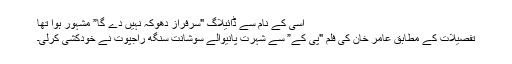
اسی کے نام سے ڈائیلاگ "سرفراز دھوکہ نہیں دے گا” مشہور ہوا تھا
تفصیلات کے مطابق عامر خان کی فلم "پی کے” سے شہرت پانیوالے سوشانت سنگھ راجپوت نے خودکشی کرلی۔